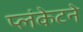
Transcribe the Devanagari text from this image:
प्लंकेटने